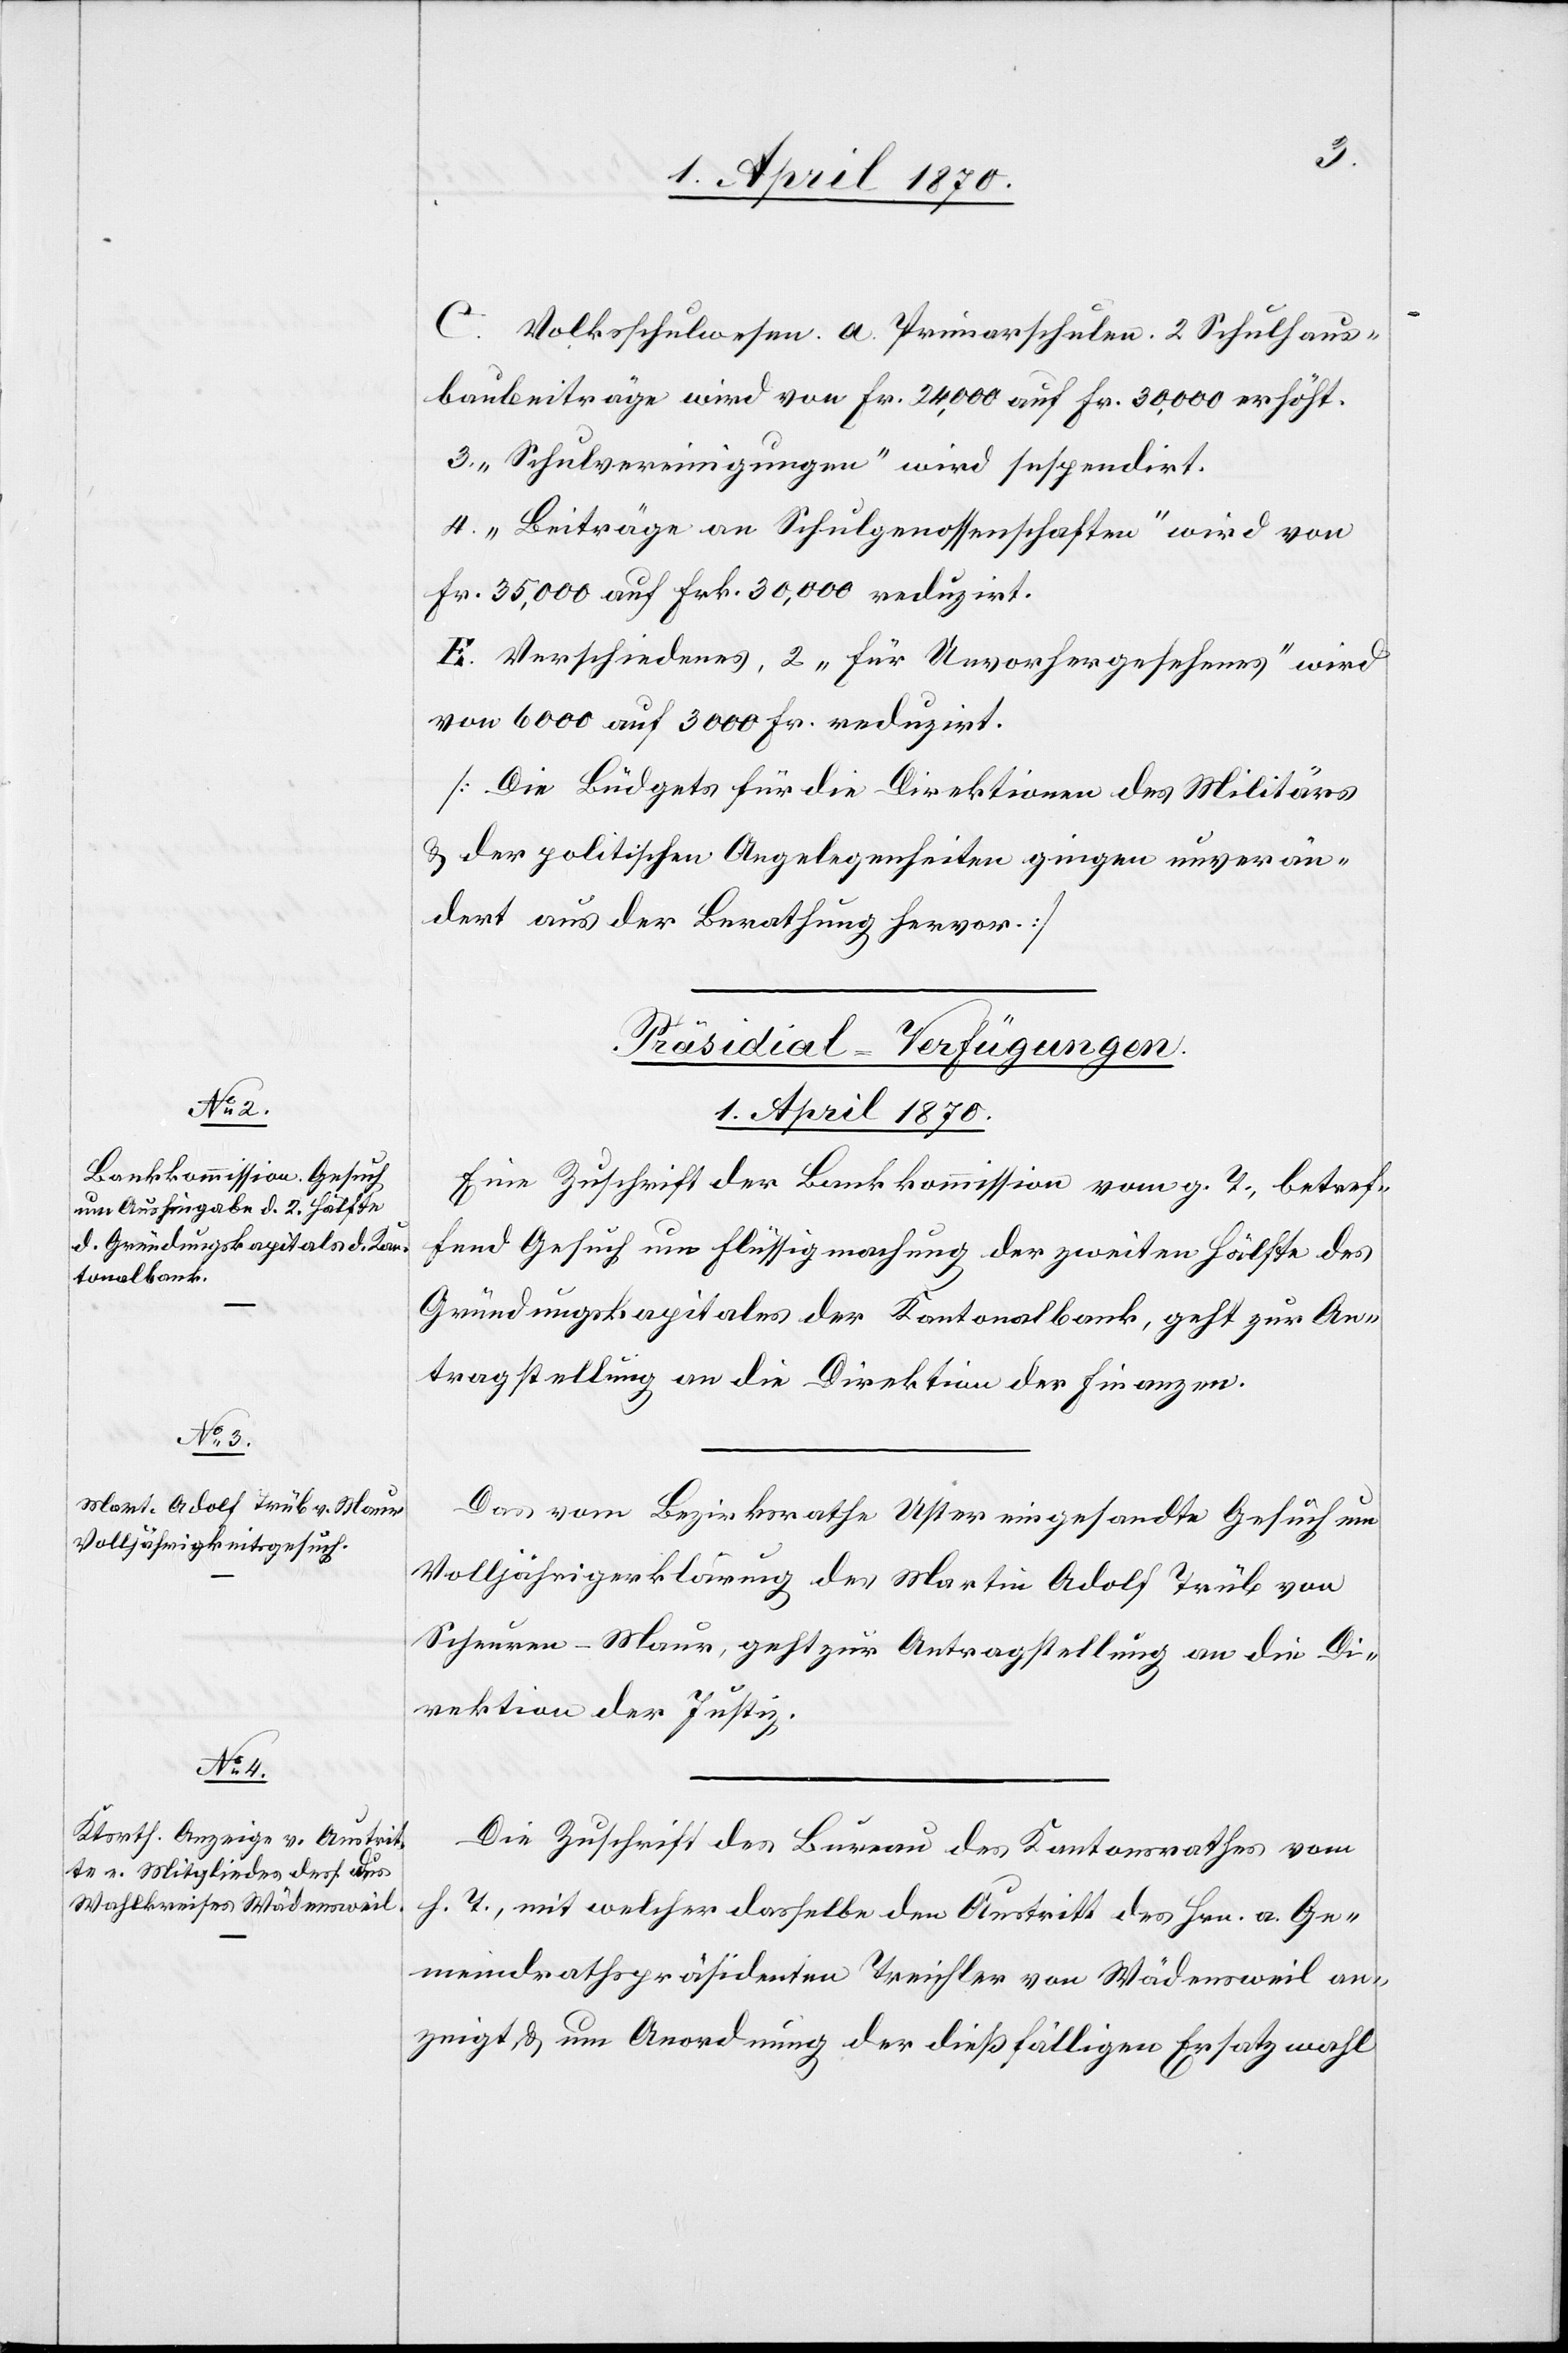
C. Volksschulwesen. a Primarschulen 2. Schulhaus¬
baubeiträge wird von Fr. 24,000 auf Fr. 30,000 erhöht.
3. „Schulvereinigungen“ wird suspendirt.
4. „Beiträge an Schulgenossenschaften“ wird von
Fr. 35,000 auf Frk. 30,000 reduzirt.
E. Verschiedenes, 2 „für Unvorhergesehenes“ wird
von 6000 auf 3000 reduzirt.
[Die Büdgets für die Direktionen des Militärs
& der politischen Angelegenheiten gingen unverän¬
dert aus der Berathung hervor.]
[Präsidial-Verfügungen.
1. April 1870.]
Eine Zuschrift der Bankkommission vom g. T., betref¬
fend Gesuch um Flüssigmachung der zweiten Hälfte des
Gründungskapitales der Kantonalbank, geht zur An¬
tragstellung an die Direktion der Finanzen.
Das vom Bezirksrathe Uster eingesandte Gesuch um
Volljährigerklärung des Martin Adolf Trüb von
Scheuren - Maur, geht zur Antragstellung an die Di¬
rektion der Justiz.
Die Zuschrift des Bureau des Kantonsrathes vom
h. T., mit welcher dasselbe den Austritt des Hrn. a. Ge¬
meindrathspräsidenten Treichler von Wädensweil an¬
zeigt & um Anordnung der dießfälligen Ersatzwahl